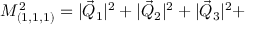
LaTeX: M _ { ( 1 , 1 , 1 ) } ^ { 2 } = | \vec { Q } _ { 1 } | ^ { 2 } + | \vec { Q } _ { 2 } | ^ { 2 } + | \vec { Q } _ { 3 } | ^ { 2 } +